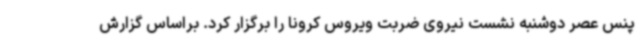
پنس عصر دوشنبه نشست نیروی ضربت ویروس کرونا را برگزار کرد. براساس گزارش